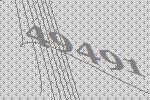
49491